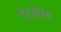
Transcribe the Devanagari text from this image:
रिओखा